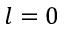
l = 0